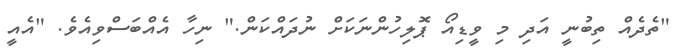
"ތެދެއް ތިބުނީ އަދި މި ވީޑިއޯ ޕޮލިހުންނަކަށް ނުދައްކަން." ނިހާ އެއްބަސްވިއެވެ. "އެއީ